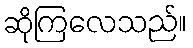
ဆိုကြလေသည်။